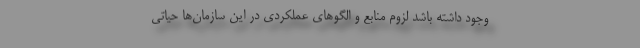
وجود داشته باشد لزوم منابع و الگوهای عملکردی در این سازمان‌ها حیاتی